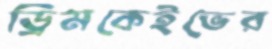
ড্রিমকেইভের